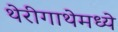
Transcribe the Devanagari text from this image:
थेरीगाथेमध्ये